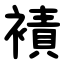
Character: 襀